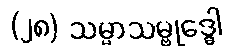
(၂၈) သမ္မာသမ္ဗုဒ္ဓေါ